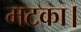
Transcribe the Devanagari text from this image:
मटका।